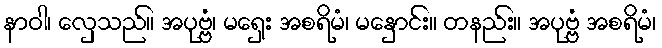
နာဝါ၊ လှေသည်။ အပုဗ္ဗံ၊ မရှေး အစရိမံ၊ မနှောင်း။ တနည်း။ အပုဗ္ဗံ အစရိမံ၊